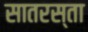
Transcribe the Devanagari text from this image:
सातरस्ता